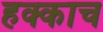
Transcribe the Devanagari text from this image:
हक्काच